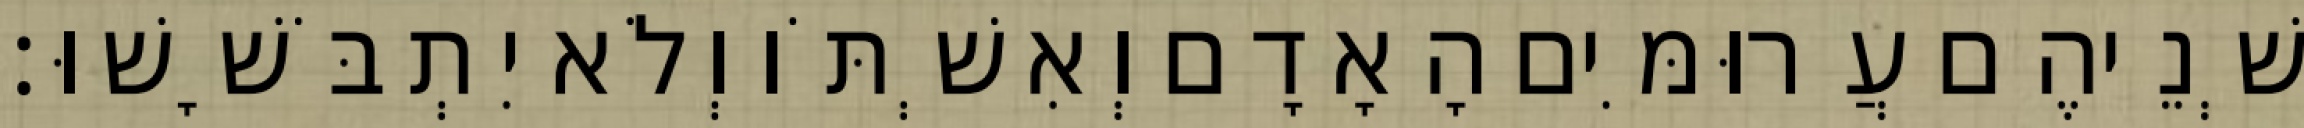
שְׁנֵיהֶם עֲרוּמִּים הָאָדָם וְאִשְׁתֹּו וְלֹא יִתְבֹּשָׁשׁוּ׃